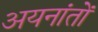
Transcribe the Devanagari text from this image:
अयनांतों